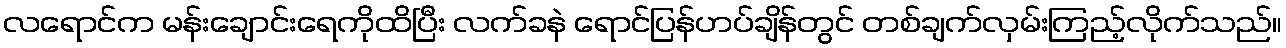
လရောင်က မန်းချောင်းရေကိုထိပြီး လက်ခနဲ ရောင်ပြန်ဟပ်ချိန်တွင် တစ်ချက်လှမ်းကြည့်လိုက်သည်။